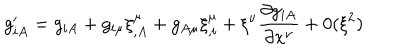
g _ { i A } ^ { \prime } = g _ { i A } + g _ { i \mu } \xi _ { , A } ^ { \mu } + g _ { A \mu } \xi _ { , i } ^ { \mu } + \xi ^ { \nu } \frac { \partial g _ { i A } } { \partial x ^ { \nu } } + 0 ( \xi ^ { 2 } )